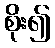
စိုး၍